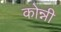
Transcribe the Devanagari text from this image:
कोन्नी